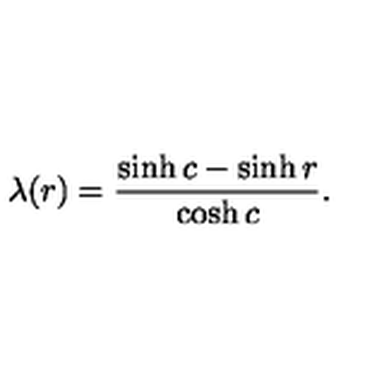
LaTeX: \lambda ( r ) = \frac { \sinh c - \sinh r } { \cosh c } .